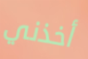
أخذني